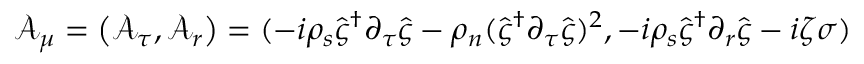
\boldsymbol { \mathcal { A } _ { \mu } } = \left( \mathcal { A } _ { \tau } , \boldsymbol { \mathcal { A } _ { r } } \right) = ( - i \rho _ { s } \hat { \varsigma } ^ { \dagger } \partial _ { \tau } \hat { \varsigma } - \rho _ { n } ( \hat { \varsigma } ^ { \dagger } \partial _ { \tau } \hat { \varsigma } ) ^ { 2 } , - i \rho _ { s } \hat { \varsigma } ^ { \dagger } \partial _ { \boldsymbol { r } } \hat { \varsigma } - i \zeta \boldsymbol { \sigma } )